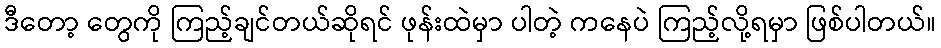
ဒီတော့ တွေကို ကြည့်ချင်တယ်ဆိုရင် ဖုန်းထဲမှာ ပါတဲ့ ကနေပဲ ကြည့်လို့ရမှာ ဖြစ်ပါတယ်။